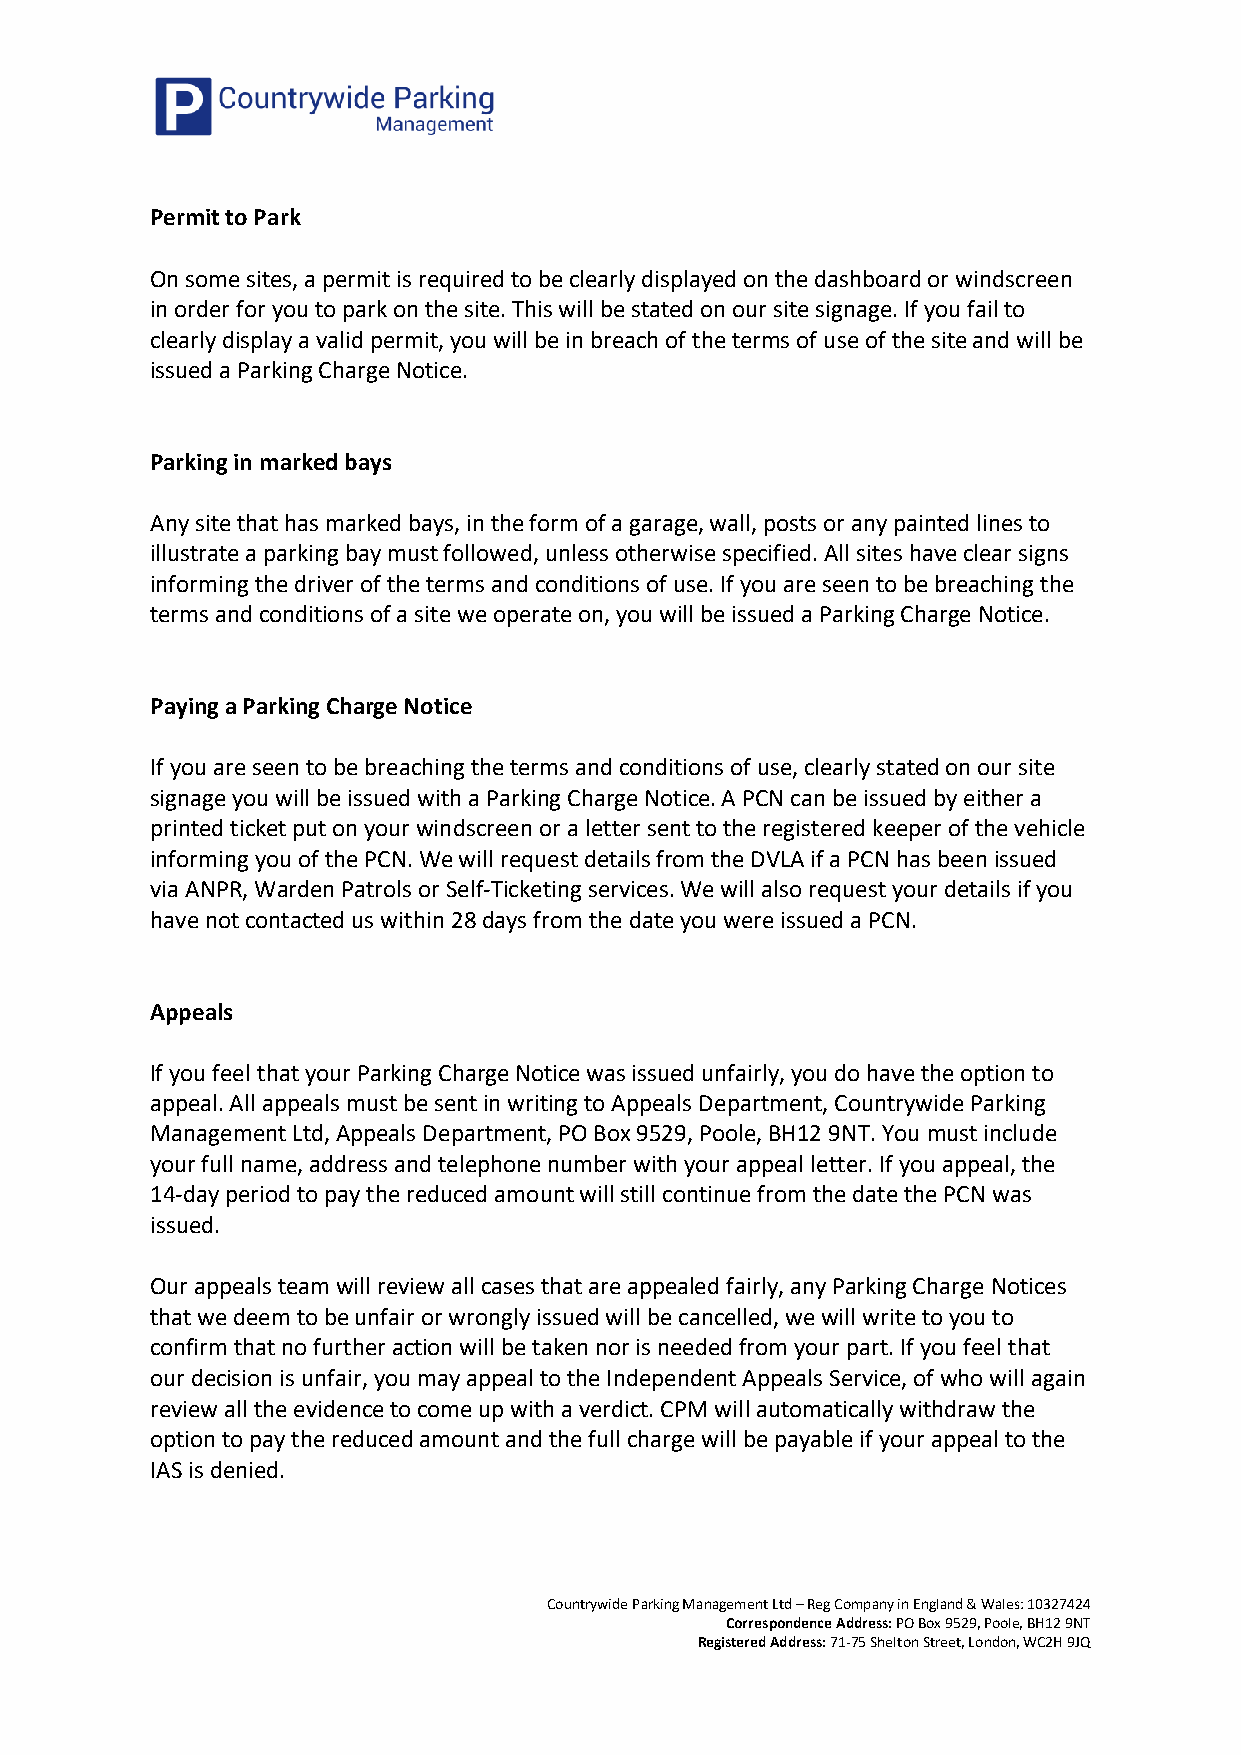
Permit to Park
 On some sites, a permit is required to be clearly displayed on the dashboard or windscreen
 in order for you to park on the site. This will be stated on our site signage. If you fail to
 clearly display a valid permit, you will be in breach of the terms of use of the site and will be
 issued a Parking Charge Notice.
 Parking in marked bays
 Any site that has marked bays, in the form of a garage, wall, posts or any painted lines to
 illustrate a parking bay must followed, unless otherwise specified. All sites have clear signs
 informing the driver of the terms and conditions of use. If you are seen to be breaching the
 terms and conditions of a site we operate on, you will be issued a Parking Charge Notice.
 Paying a Parking Charge Notice
 If you are seen to be breaching the terms and conditions of use, clearly stated on our site
 signage you will be issued with a Parking Charge Notice. A PCN can be issued by either a
 printed ticket put on your windscreen or a letter sent to the registered keeper of the vehicle
 informing you of the PCN. We will request details from the DVLA if a PCN has been issued
 via ANPR, Warden Patrols or Self-Ticketing services. We will also request your details if you
 have not contacted us within 28 days from the date you were issued a PCN.
 Appeals
 If you feel that your Parking Charge Notice was issued unfairly, you do have the option to
 appeal. All appeals must be sent in writing to Appeals Department, Countrywide Parking
 Management Ltd, Appeals Department, PO Box 9529, Poole, BH12 9NT. You must include
 your full name, address and telephone number with your appeal letter. If you appeal, the
 14-day period to pay the reduced amount will still continue from the date the PCN was
 issued.
 Our appeals team will review all cases that are appealed fairly, any Parking Charge Notices
 that we deem to be unfair or wrongly issued will be cancelled, we will write to you to
 confirm that no further action will be taken nor is needed from your part. If you feel that
 our decision is unfair, you may appeal to the Independent Appeals Service, of who will again
 review all the evidence to come up with a verdict. CPM will automatically withdraw the
 option to pay the reduced amount and the full charge will be payable if your appeal to the
 IAS is denied.
 Countrywide Parking Management Ltd – Reg Company in England & Wales: 10327424
 Correspondence Address: PO Box 9529, Poole, BH12 9NT
 Registered Address: 71-75 Shelton Street, London, WC2H 9JQ